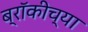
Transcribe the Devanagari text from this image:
ब्रॉकीच्या